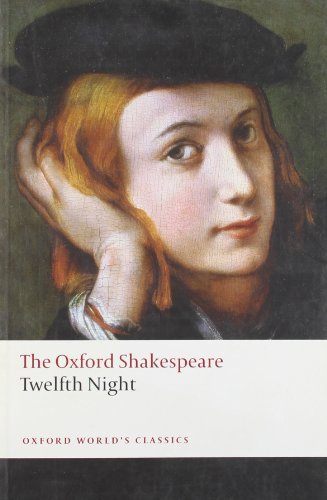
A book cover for Twelfth Night, or What You Will: The Oxford Shakespeare Twelfth Night, or What You Will (Oxford World's Classics); William Shakespeare; Literature & Fiction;